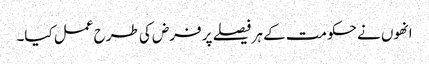
انھوں نے حکومت کے ہر فیصلے پر فرض کی طرح عمل کیا۔